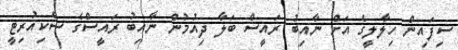
ސިފައިން ހިލާލީގެ އަށް ނާއިބު ރައީސް ބަލާ ދިއުމުން ނާއިބު ރައީސްގެ ސެކިއުރިޓީ